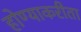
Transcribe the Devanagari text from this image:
होण्याकरीता